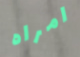
امراه